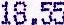
18.55